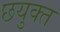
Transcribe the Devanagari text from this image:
छयुक्त